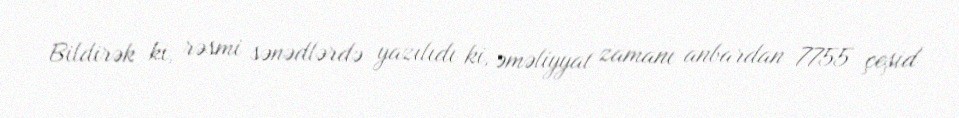
Bildirək ki, rəsmi sənədlərdə yazılıdı ki, əməliyyat zamanı anbardan 7755 çeşid